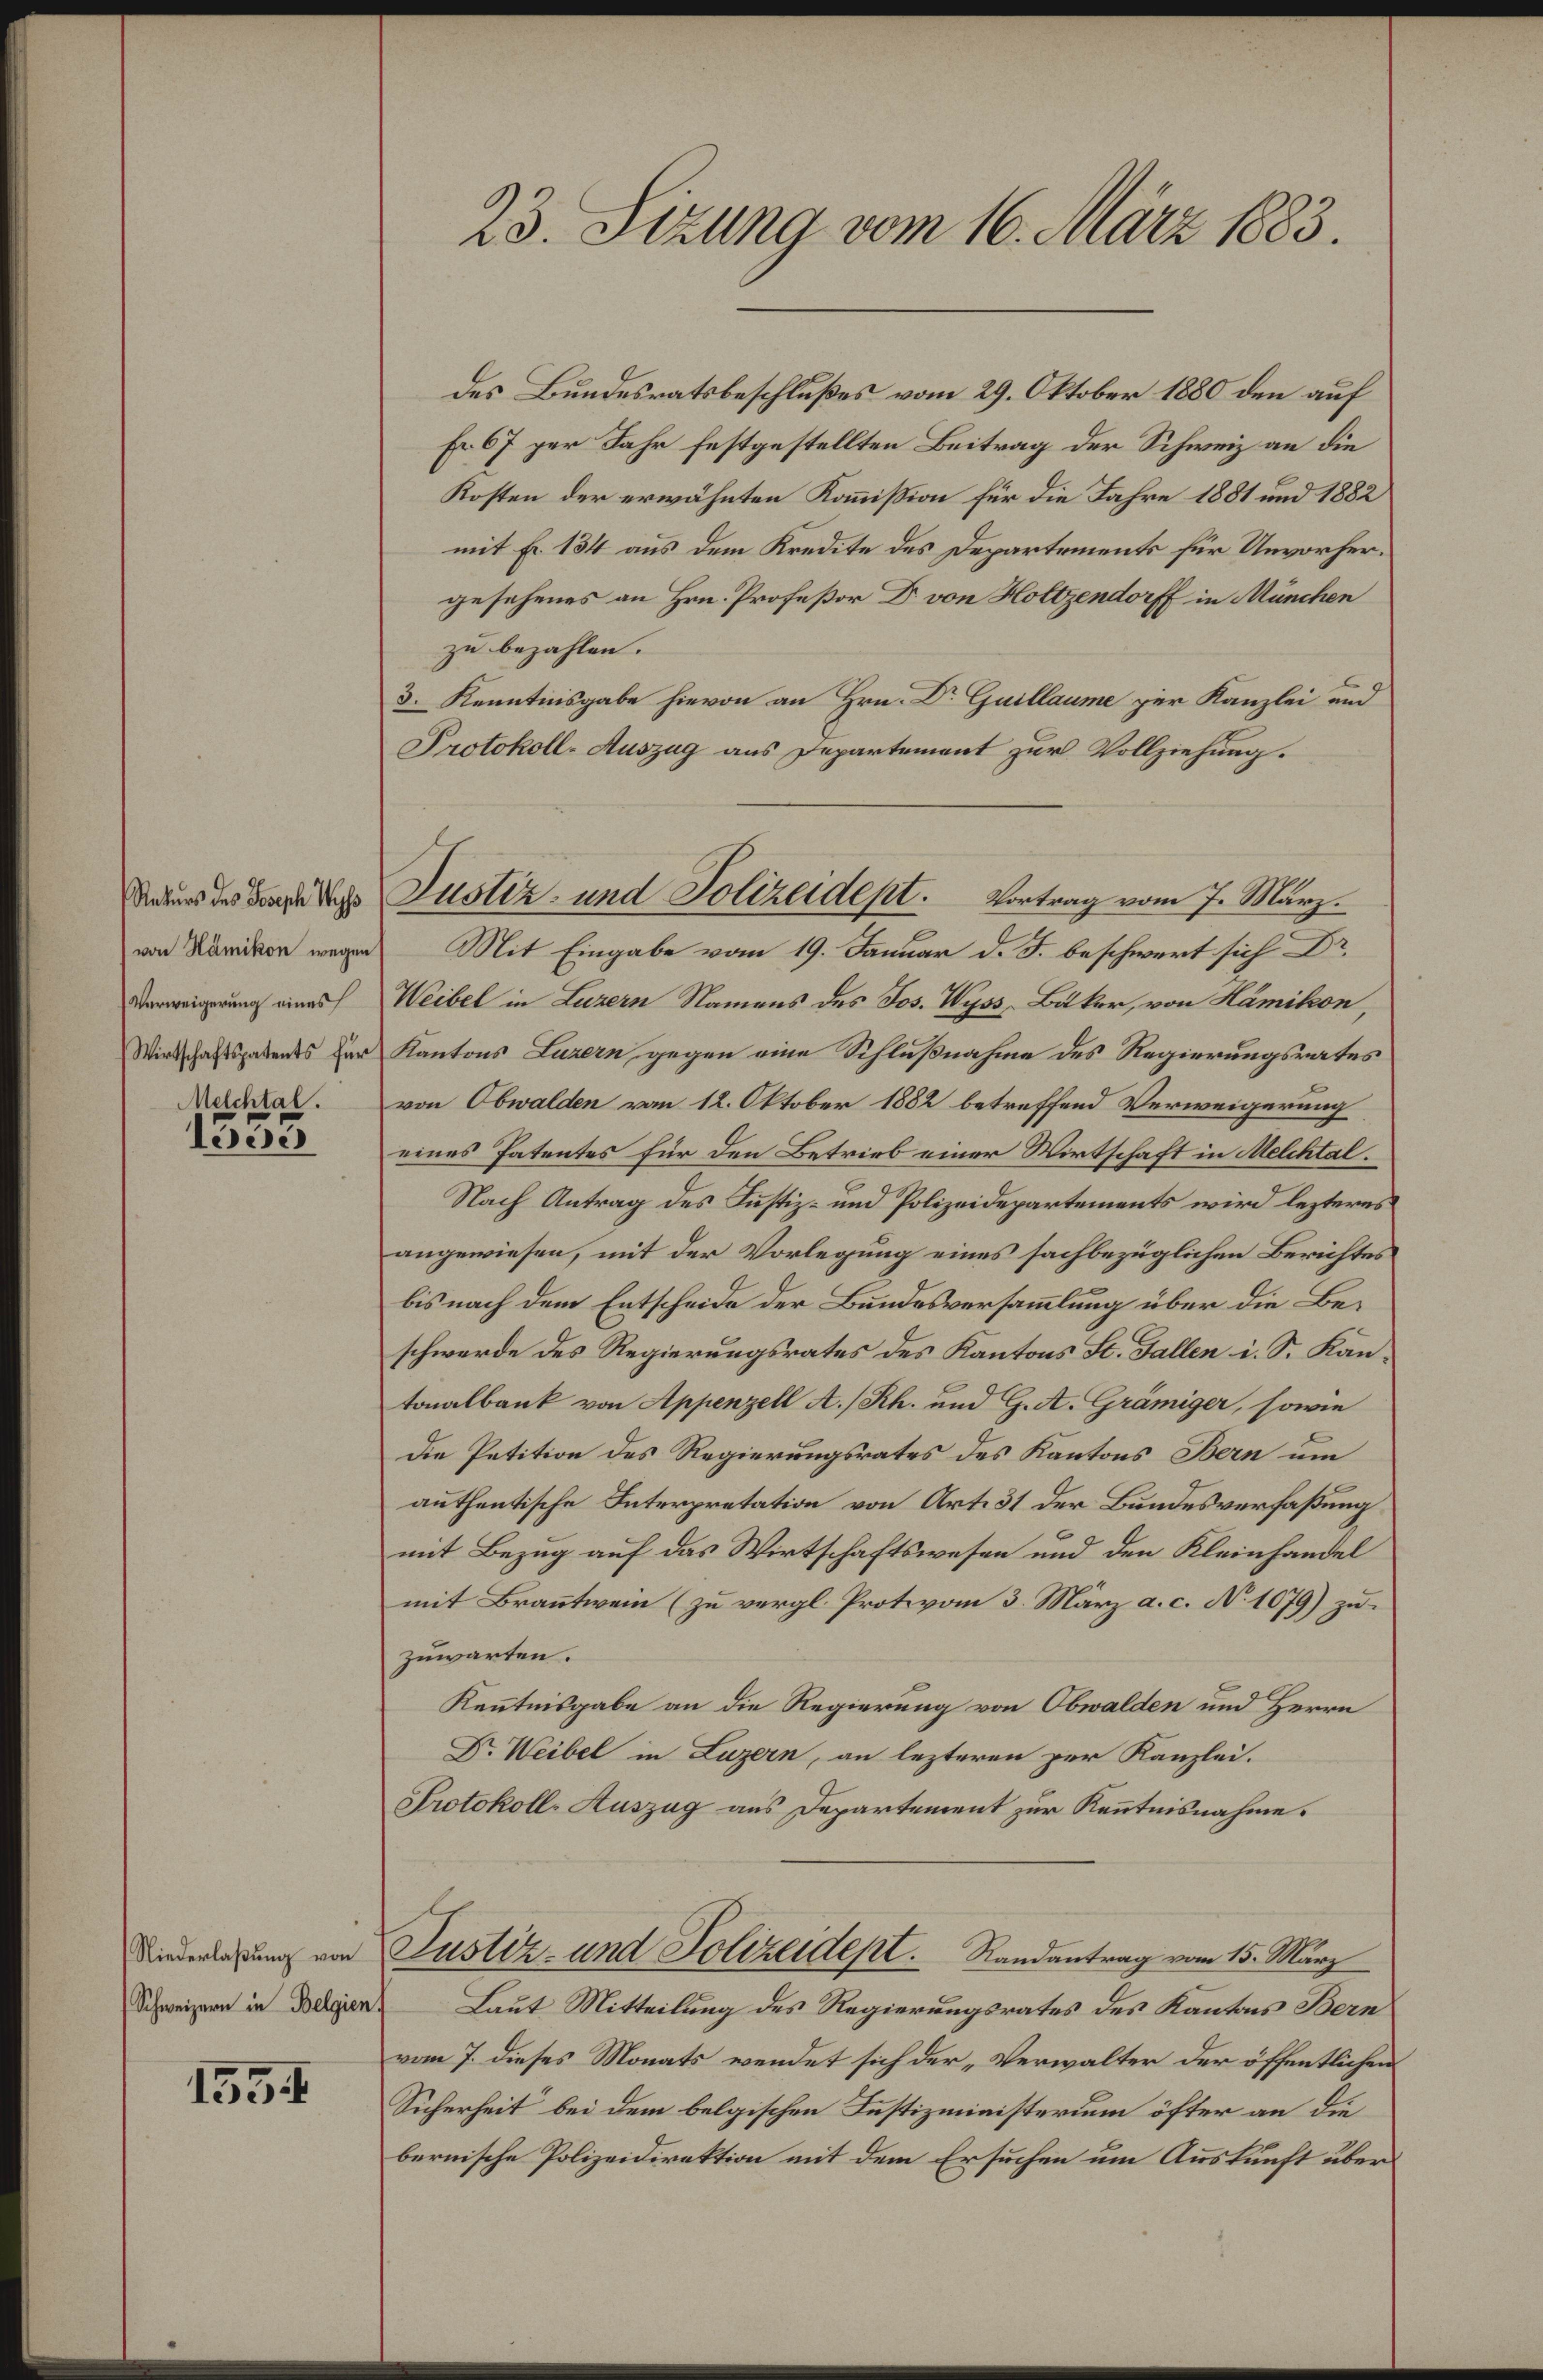
Verweigerung eines
Melchtal.

leere

1554

23. Sizung vom 16. März 1883.

des Bundesratsbeschlußes vom 29. Oktober 1880 den auf
Fr. 67 per Jahr festgestellten Beitrag der Schweiz an die
Kosten der erwähnten Kommission für die Jahre 1881 und 1882
mit Fr. 134 aus dem Kredite des Departements für Unvorhergesehenes an Hrn. Profeßor Dr. von Holtzendorff in München
zu bezahlen.
3. Kenntnisgabe hievon an Hrn. Dr Guillaume zur Kanzlei und
Protokoll-Auszug aus Departement zur Vollziehung.
von Dänikon wegen Mit Eingabe vom 19. Januar d. J. beschwert sich Dr
Weibel in Luzern Namens des Jos. Wyss Bäker, von Hämikon,
Wirtschaftspatents der Kantons Luzern gegen eine Schlußnahme des Regierungsrates
von Obwalden vom 12. Oktober 1882 betreffend Verweigerung
eines Patentes für den Betrieb einer Wirtschaft in Melchtal.
Nach Antrag des Justiz- und Polizeidepartements wird lezteres
angewiesen, mit der Vorlegung eines sachbezüglichen Berichtes
bis nach dem Entscheide der Bundesversammlung über die Beschwerde des Regierungsrates des Kantons St. Gallen i. S. Kantonalbank von Appenzell A. /Rh. und G. A. Grämiger, sowie
Die Petition des Regierungsrates des Kantons Bern um
authentische Interpretation von Art. 31 der Bundesverfaßung
mit Bezug auf das Wirtschaftswesen und den Kleinhandel
mit Branntwein (zu vergl. Protovom 3. März a. c. No. 1679) zu
zuwarten.
Kenntnisgabe an die Regierung von Obwalden und Herrn
Dr. Weibel in Luzern, an lezteren per Kanzlei.
Protokoll- Auszug aus Departement zur Kenntnisnahme.
Niederlaßung von Justiz- und Polizeidept.      Randantrag vom 15. März
Schweizern in Belgien Laut Mitteilung des Regierungsrates des Kantons Bern
vom 7. dieses Monats wendet sich der „Verwalter der öffentlichen
Sicherheit bei dem belgischen Justizministerium öfter an die
bernische Polizeidirektion mit dem Ersuchen um Auskunft über

Matur der der Justiz- und Polizeidept. Vortrag vom 7. März.